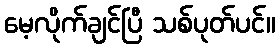
မေ့လိုက်ချင်ပြီ သစ်ပုတ်ပင်။